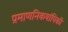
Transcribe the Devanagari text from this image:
प्रमाणनिकषांपिकी